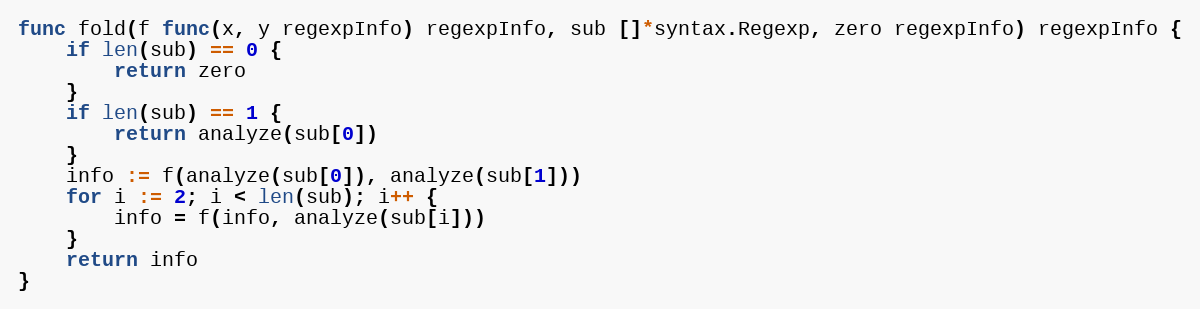
Language: Go
func fold(f func(x, y regexpInfo) regexpInfo, sub []*syntax.Regexp, zero regexpInfo) regexpInfo {
	if len(sub) == 0 {
		return zero
	}
	if len(sub) == 1 {
		return analyze(sub[0])
	}
	info := f(analyze(sub[0]), analyze(sub[1]))
	for i := 2; i < len(sub); i++ {
		info = f(info, analyze(sub[i]))
	}
	return info
}